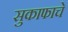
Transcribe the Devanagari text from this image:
सुकाफाचे